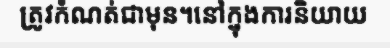
ត្រូវកំណត់ជាមុន។នៅក្នុងការនិយាយ